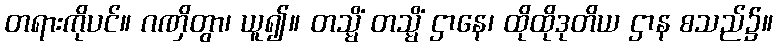
တရားကိုပင်။ ဂဏှိတွာ၊ ယူ၍။ တသ္မိံ တသ္မိံ ဌာနေ၊ ထိုထိုဒုတိယ ဌာန စသည်၌။